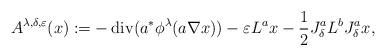
LaTeX: \begin{align*}A^{\lambda,\delta,\varepsilon}(x):=-\operatorname{div}(a^{\ast}\phi^{\lambda}(a\nabla x))-\varepsilon L^{a}x-\frac{1}{2}J_{\delta}^{a}L^{b}J_{\delta}^{a}x,\end{align*}